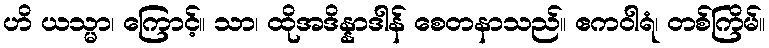
ဟိ ယသ္မာ၊ ကြောင့်။ သာ၊ ထိုအဒိန္နာဒါန် စေတနာသည်။ ဧကဝါရံ၊ တစ်ကြိမ်။